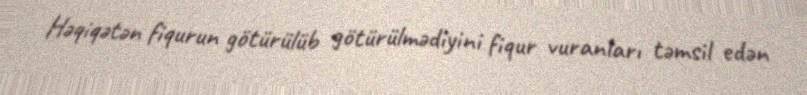
Həqiqətən fiqurun götürülüb götürülmədiyini fiqur vuranları təmsil edən